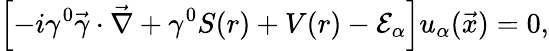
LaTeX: \left[-i\gamma^{0}\vec{\gamma}\cdot\vec{\nabla}+\gamma^{0}S(r)+V(r)-{\cal E}_{\alpha}\right]u_{\alpha}(\vec{x})=0,